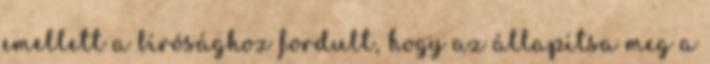
emellett a bírósághoz fordult, hogy az állapítsa meg a